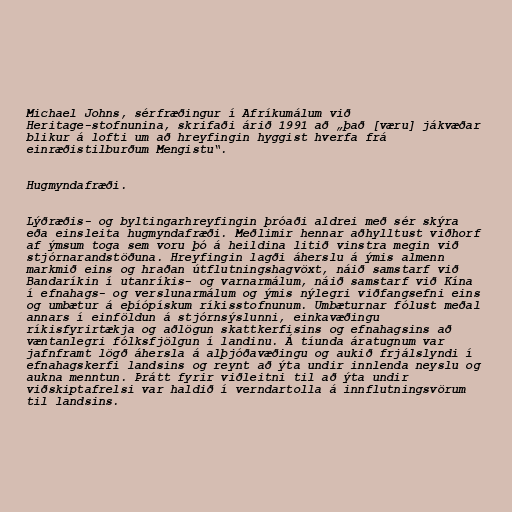
Michael Johns, sérfræðingur í Afríkumálum við
Heritage-stofnunina, skrifaði árið 1991 að „það [væru] jákvæðar
blikur á lofti um að hreyfingin hyggist hverfa frá
einræðistilburðum Mengistu“.

Hugmyndafræði.

Lýðræðis- og byltingarhreyfingin þróaði aldrei með sér skýra
eða einsleita hugmyndafræði. Meðlimir hennar aðhylltust viðhorf
af ýmsum toga sem voru þó á heildina litið vinstra megin við
stjórnarandstöðuna. Hreyfingin lagði áherslu á ýmis almenn
markmið eins og hraðan útflutningshagvöxt, náið samstarf við
Bandaríkin í utanríkis- og varnarmálum, náið samstarf við Kína
í efnahags- og verslunarmálum og ýmis nýlegri viðfangsefni eins
og umbætur á eþíópískum ríkisstofnunum. Umbæturnar fólust meðal
annars í einföldun á stjórnsýslunni, einkavæðingu
ríkisfyrirtækja og aðlögun skattkerfisins og efnahagsins að
væntanlegri fólksfjölgun í landinu. Á tíunda áratugnum var
jafnframt lögð áhersla á alþjóðavæðingu og aukið frjálslyndi í
efnahagskerfi landsins og reynt að ýta undir innlenda neyslu og
aukna menntun. Þrátt fyrir viðleitni til að ýta undir
viðskiptafrelsi var haldið í verndartolla á innflutningsvörum
til landsins.